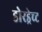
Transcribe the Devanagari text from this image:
डोरड्रेच्ट